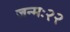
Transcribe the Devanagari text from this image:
जन्मः२२